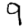
Digit: 9